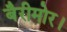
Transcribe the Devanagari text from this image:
बैरीमोर।